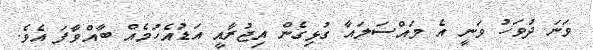
ވަނަ ދުވަހު ވަނީ އެ މައްސަލައާ ގުޅިގެން އިޖުރާއީ އަޑުއެހުމެއް ބާއްވާފަ އެވެ.